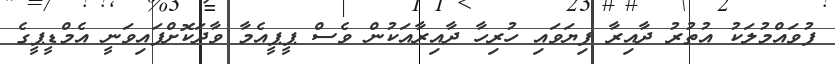
ފުވައްމުލަކު އުތުރު ދާއިރާ ފިޔަވައި ހުރިހާ ދާއިރާއަކުން ވެސް ޕީޕީއެމާ ވާދަކޮށްފައިވަނީ އެމްޑީޕީގެ